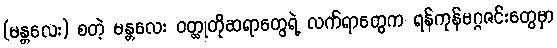
(မန္တလေး) စတဲ့ မန္တလေး ဝတ္ထုတိုဆရာတွေရဲ့ လက်ရာတွေက ရန်ကုန်မဂ္ဂဇင်းတွေမှာ